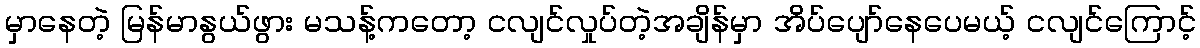
မှာနေတဲ့ မြန်မာနွယ်ဖွား မသန့်ကတော့ ငလျင်လှုပ်တဲ့အချိန်မှာ အိပ်ပျော်နေပေမယ့် ငလျင်ကြောင့်